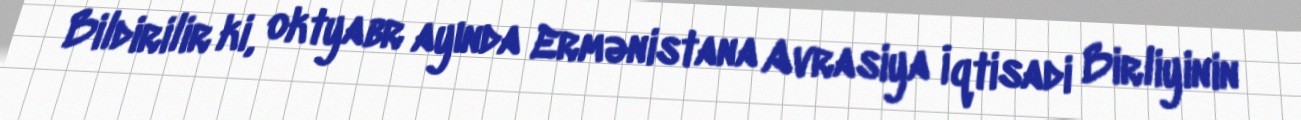
Bildirilir ki, oktyabr ayında Ermənistana Avrasiya İqtisadi Birliyinin